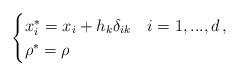
LaTeX: \begin{align*}\begin{cases}x_i^* = x_i + h_k \delta_{ik} & i= 1, ..., d\, , \\\rho^* = \rho\end{cases}\end{align*}